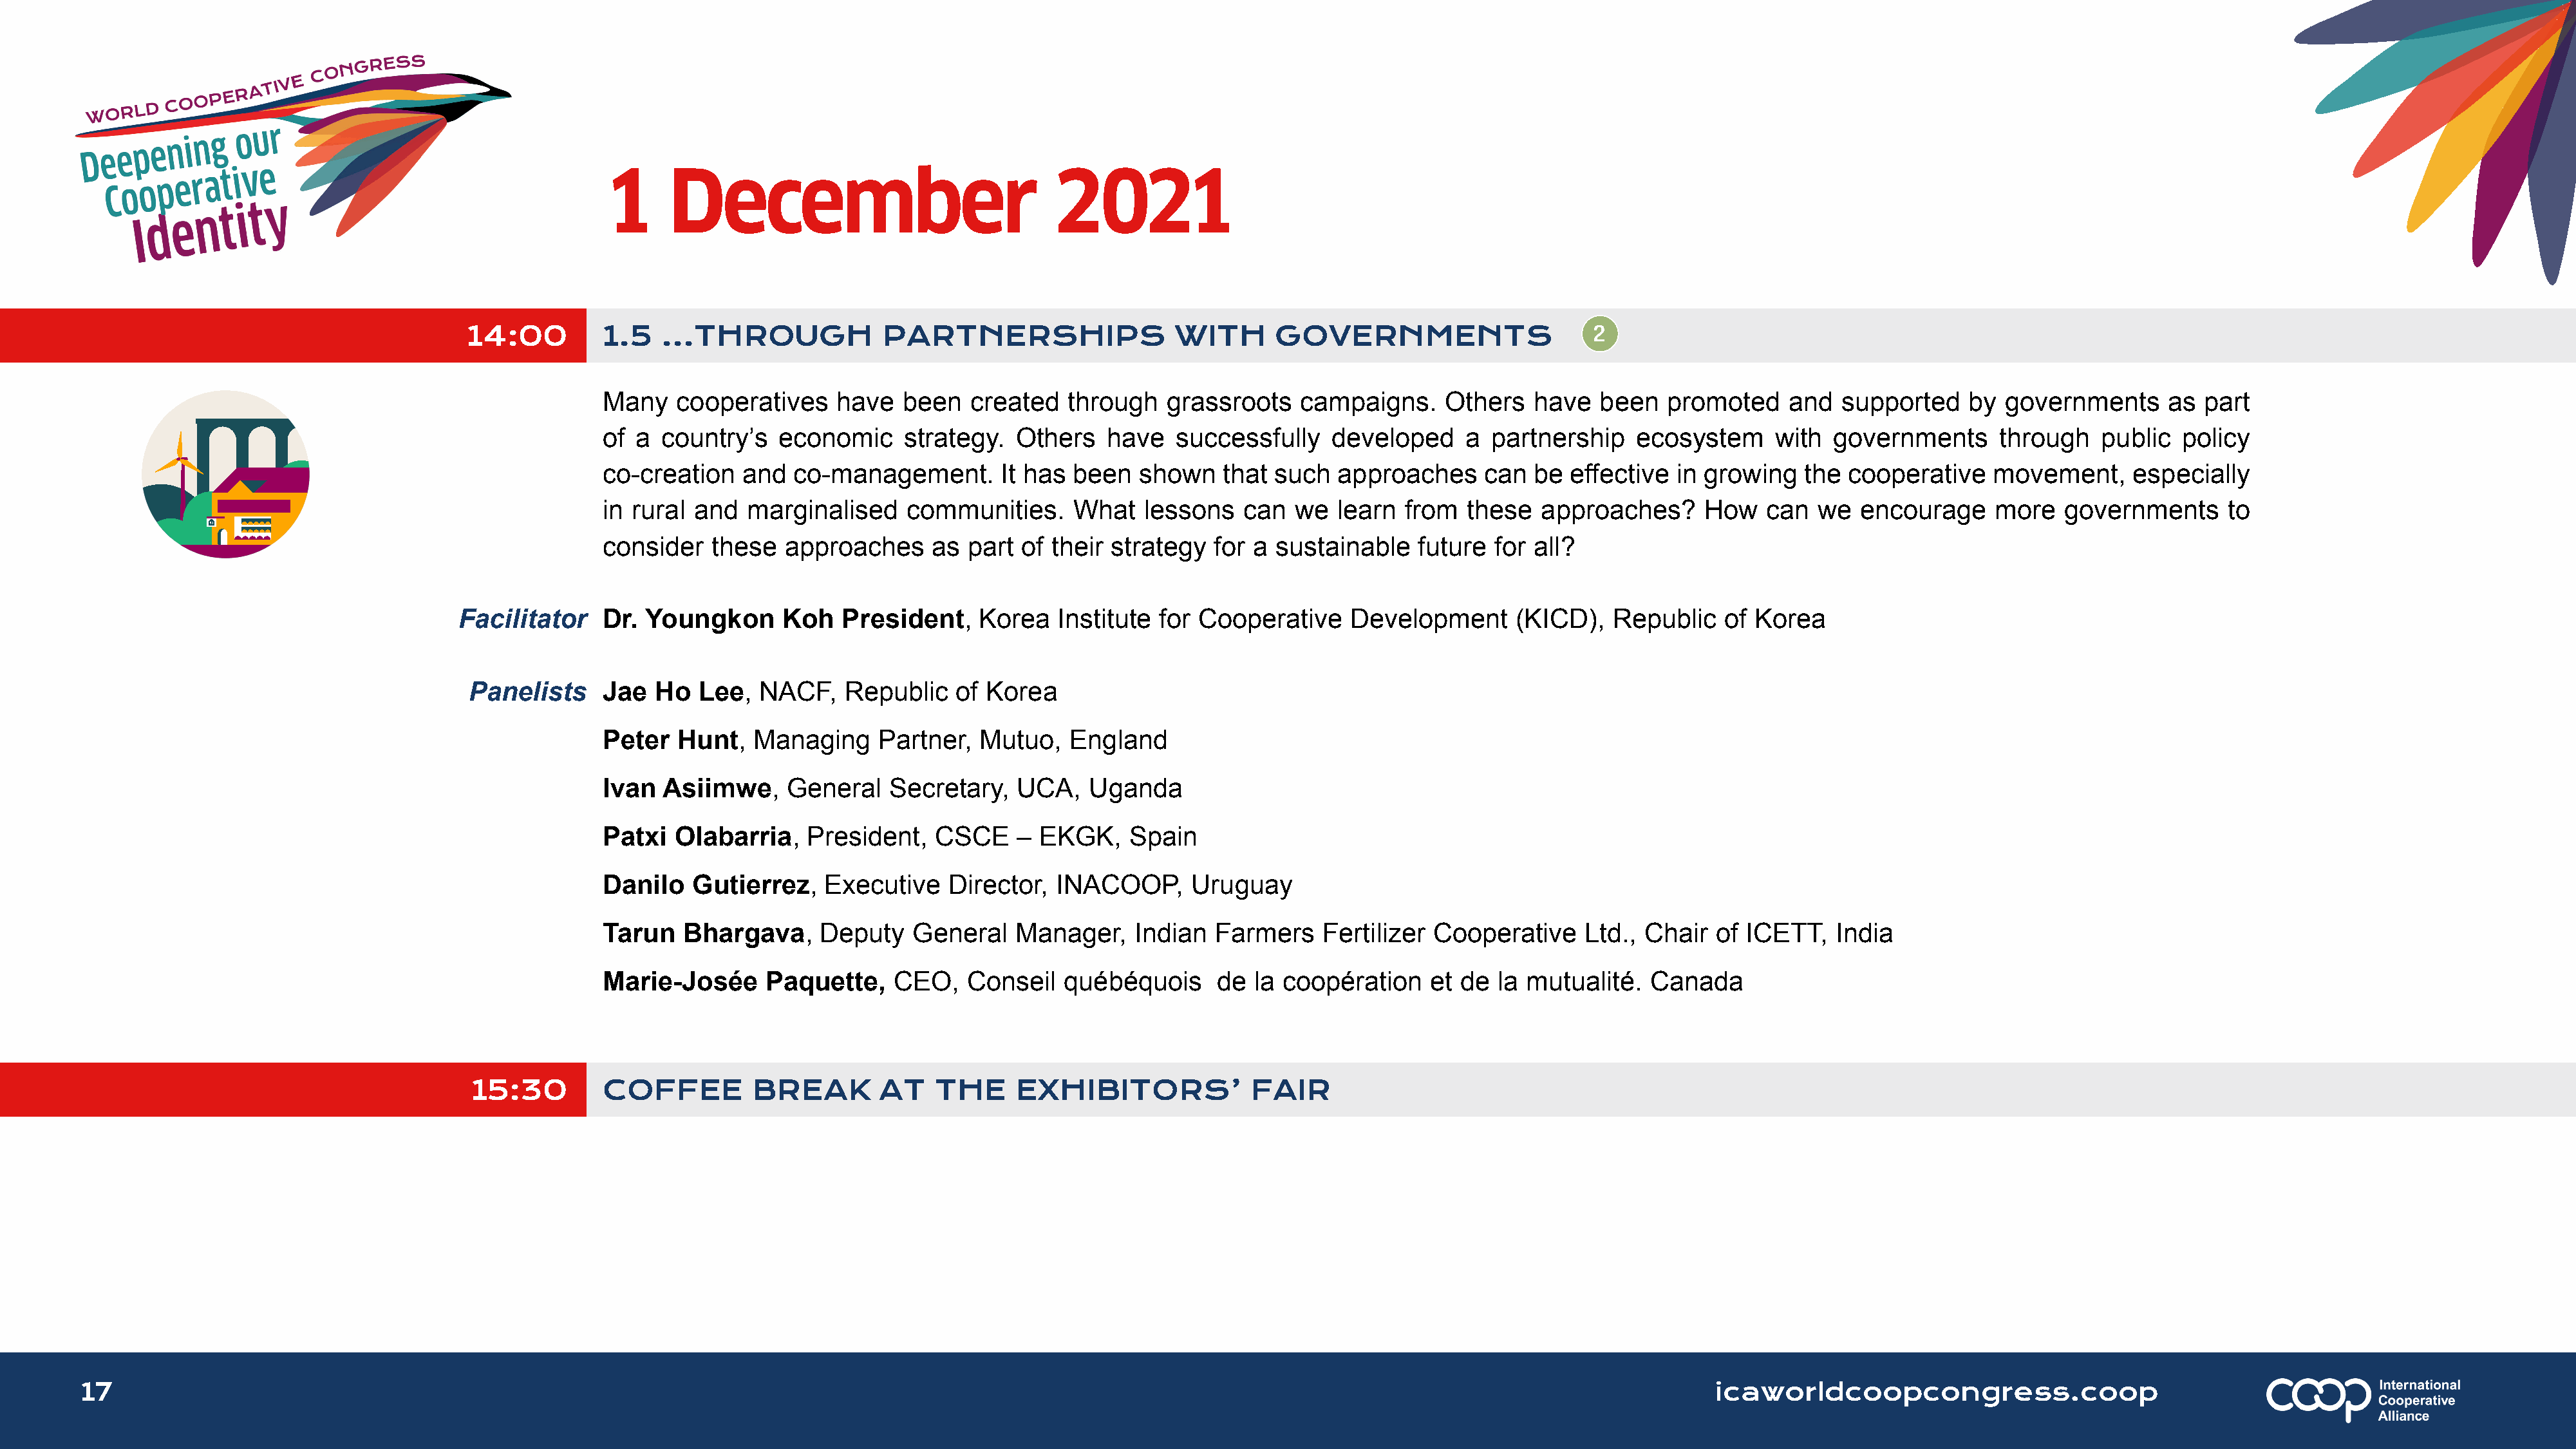
1      December                               2021
 14:00         1.5   ...THROUGH             PARTNERSHIPS                  WITH      GOVERNMENTS
 Many    cooperatives    have   been   created   through   grassroots    campaigns.     Others   have  been   promoted     and  supported    by  governments      as  part
 of a  country’s   economic     strategy.  Others    have   successfully    developed     a partnership    ecosystem      with  governments      through   public  policy
 co-creation   and   co-management.       It has been   shown    that such  approaches      can  be effective  in growing   the  cooperative    movement,     especially
 in rural and   marginalised    communities.     What    lessons   can  we  learn  from   these  approaches?      How    can  we  encourage     more   governments      to
 consider   these   approaches     as  part of their strategy   for a sustainable    future  for all?
 Facilitator    Dr. Youngkon      Koh    President,    Korea   Institute for Cooperative     Development      (KICD),   Republic   of Korea
 Panelists     Jae  Ho   Lee,  NACF,    Republic   of Korea
 Peter   Hunt,  Managing     Partner,   Mutuo,   England
 Ivan  Asiimwe,     General   Secretary,    UCA,   Uganda
 Patxi  Olabarria,    President,   CSCE     – EKGK,    Spain
 Danilo   Gutierrez,    Executive    Director,  INACOOP,     Uruguay
 Tarun   Bhargava,     Deputy    General   Manager,     Indian  Farmers    Fertilizer Cooperative     Ltd., Chair  of  ICETT,   India
 Marie-Josée      Paquette,    CEO,   Conseil   québéquois      de  la coopération    et de  la mutualité.   Canada
 15:30         COFFEE         BREAK        AT    THE     EXHIBITORS’              FAIR
 17                                                                                                                                                                      icaworldcoopcongress.coop